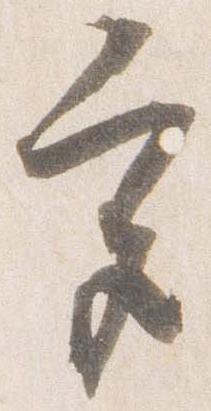
宮